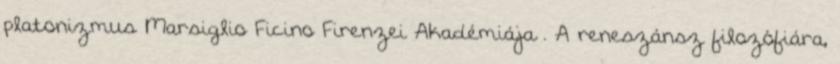
platonizmus Marsiglio Ficino Firenzei Akadémiája . A reneszánsz filozófiára,